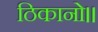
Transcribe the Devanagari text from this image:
ठिकानो।।